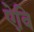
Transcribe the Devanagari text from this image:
ऐवि